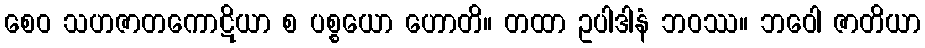
စေဝ သဟဇာတကောဋိယာ စ ပစ္စယော ဟောတိ။ တထာ ဥပါဒါနံ ဘဝဿ။ ဘဝေါ ဇာတိယာ